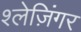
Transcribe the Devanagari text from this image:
श्लेज़िंगर